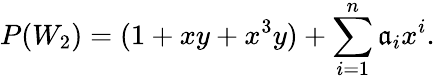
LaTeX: P(W_{2})=(1+xy+x^{3}y)+\sum_{i=1}^{n}\mathfrak{a}_{i}x^{i}.